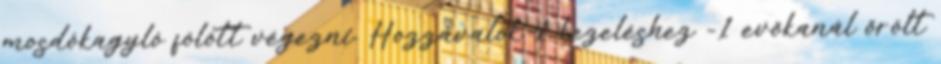
mosdókagyló fölött végezni. Hozzávalók 1 kezeléshez -1 evőkanál őrölt